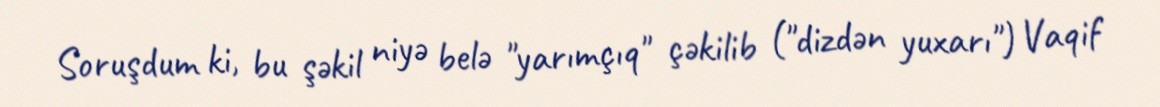
Soruşdum ki, bu şəkil niyə belə "yarımçıq" çəkilib ("dizdən yuxarı") Vaqif